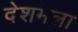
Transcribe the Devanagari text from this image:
देशमला